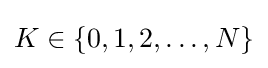
K\in \left\{0,1,2,\dots ,N\right\}